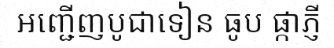
អញ្ជើញបូជាទៀន ធូប ផ្កាភ្ញី